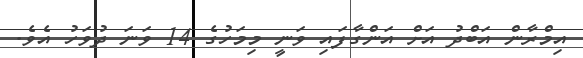
އިމްރާން އަބްދު އަށް އަންގާފައި ވަނީ މިމަހުގެ 14 ވަނަ ދުވަހު އެވެ.